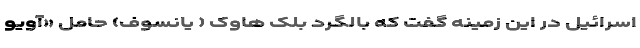
اسرائیل در این زمینه گفت که بالگرد بلک هاوک ( یانسوف) حامل «آویو